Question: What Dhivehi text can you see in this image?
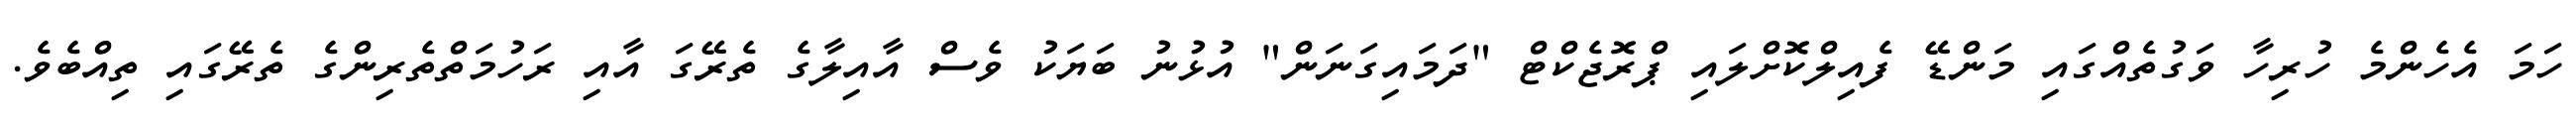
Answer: ހަމަ އެހެންމެ ހުރިހާ ވަގުތެއްގައި މަންޑޭ ފެއިލްކޮށްލައި ޕްރޮޖެކްޓް "ދަމައިގަނަން" އުޅުނު ބަޔަކު ވެސް އާއިލާގެ ތެރޭގަ އާއި ރަހުމަތްތެރިންގެ ތެރޭގައި ތިއްބެވެ.